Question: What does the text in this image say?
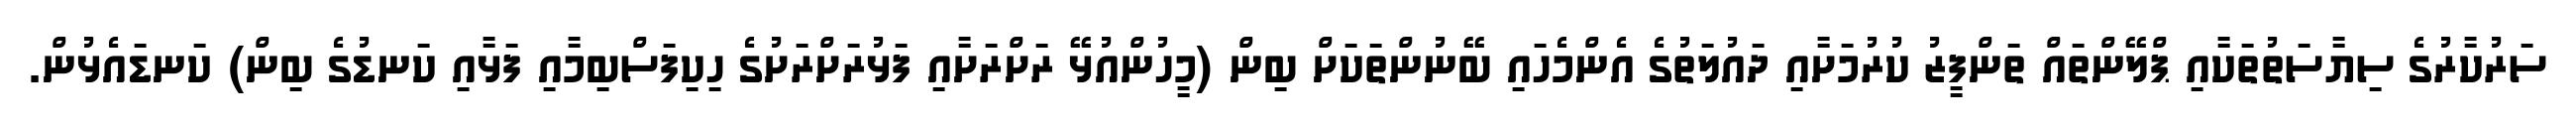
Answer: ސަރުކާރުގެ ސިޔާސަތުތަކާއި ޕްލޭންތައް ތަންފީޒު ކުރުމަށާއި ދައުލަތުގެ އެންމެހައި ބޭނުންތަކަށް ބިން (މީހުންއުޅޭ ރަށްރަށާއި ފަޅުރަށްރަށުގެ ހިކިފަސްބިމާއި ފަޅާއި ކަނޑުގެ ބިން) ކަނޑައެޅުން.